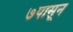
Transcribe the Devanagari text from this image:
७पासून